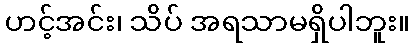
ဟင့်အင်း၊ သိပ် အရသာမရှိပါဘူး။